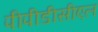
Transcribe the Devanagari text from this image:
पीपीडीसीएल